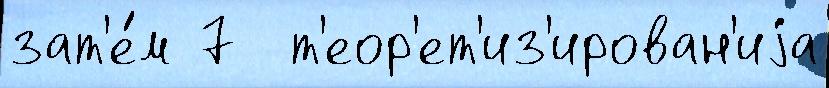
зат'е́м 7  т'еор'ет'из'ирован'иjа